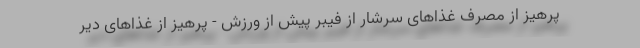
پرهیز از مصرف غذاهای سرشار از فیبر پیش از ورزش - پرهیز از غذاهای دیر